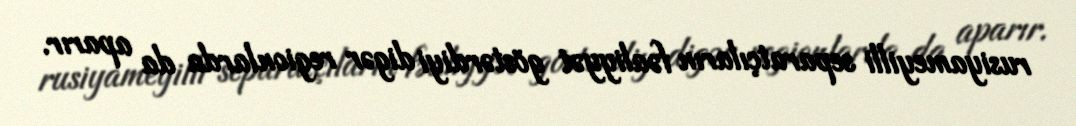
rusiyameyilli separatçıların fəaliyyət göstərdiyi digər regionlarda da aparır.